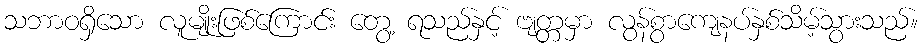
သဘာဝရှိသော လူမျိုးဖြစ်ကြောင်း တွေ့ ရသည်နှင့် ဗျတ္တမှာ လွန်စွာကျေနပ်နှစ်သိမ့်သွားသည်။